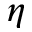
\eta